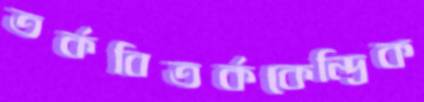
তর্কবিতর্ককেন্দ্রিক